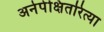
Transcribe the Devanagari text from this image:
अनेपेक्षितरित्या